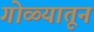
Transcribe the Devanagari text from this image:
गोळ्यातून